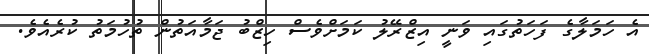
އެ ހަމަލާގެ ފަހަތުގައި ވަނީ އިޒްރޭލު ކަމަށްވެސް ހިޒްބު ޖަމާއަތުން ތުހުމަތު ކުރެއެވެ.